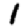
Digit: 1